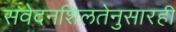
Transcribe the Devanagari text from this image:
संवेदनशिलतेनुसारही